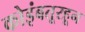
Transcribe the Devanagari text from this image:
कोइंबतूरहून